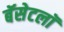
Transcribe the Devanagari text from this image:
बॅसेटलॉ